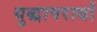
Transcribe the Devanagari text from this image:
युद्धापराधों